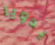
يدويا